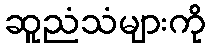
ဆူညံသံများကို